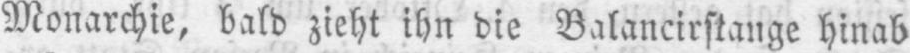
Monarchie, bald zieht ihn die Balancirstange hinab